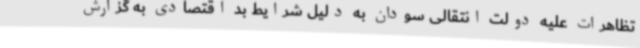
تظاهرات علیه دولت انتقالی سودان به دلیل شرایط بد اقتصادی به گزارش